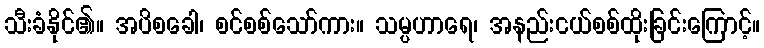
သီးခံနိုင်၏။ အပိစခေါ၊ စင်စစ်သော်ကား။ သမ္ပဟာရေ၊ အနည်းငယ်စစ်ထိုးခြင်းကြောင့်။